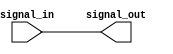
module schmitt_trigger_buffer (
    input wire signal_in,
    output reg signal_out
);

reg prev_signal;

always @(signal_in) begin
    if (signal_in == 1'b1 && prev_signal == 1'b0) begin
        signal_out <= 1'b1;
    end else if (signal_in == 1'b0 && prev_signal == 1'b1) begin
        signal_out <= 1'b0;
    end else begin
        signal_out <= prev_signal;
    end
    prev_signal <= signal_in;
end

endmodule